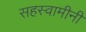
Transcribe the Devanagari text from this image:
सहस्वामीनी